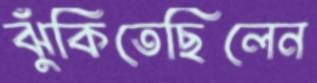
ঝুঁকিতেছিলেন